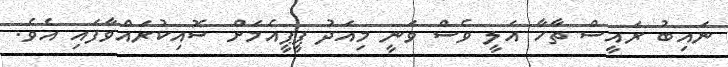
ނައިބު ރައީސް ތާހާ އަލީ ވެސް ވަނީ މިއަދު ޕީޕީއެމަށް ސޮއިކުރައްވާފައި އެވެ.